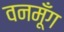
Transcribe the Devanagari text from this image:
वनमूँग